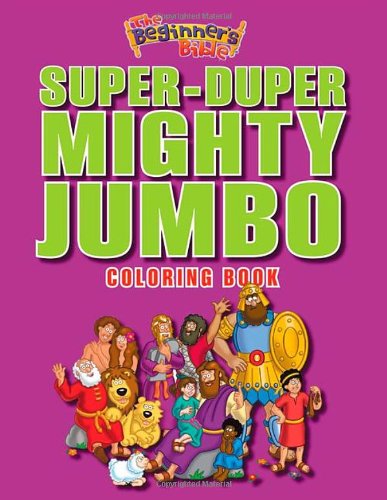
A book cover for The Beginner's Bible Super-Duper, Mighty, Jumbo Coloring Book; Zondervan; Education & Teaching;